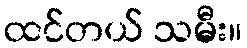
ထင်တယ် သမီး။